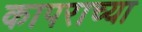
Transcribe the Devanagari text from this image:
कापराच्या